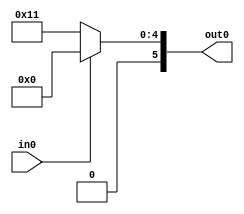
module module_a (out0,in0);

input		in0;
output [5:0]	out0;

parameter [5:0] ident0 = 0;
parameter [5:0] ident1 = 5'h11;

reg [5:0] out0;

// Basic MUX switches on in0
always @ (in0)
   begin
     if(in0)
       out0 = ident0;
     else
       out0 = ident1;
   end

endmodule